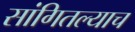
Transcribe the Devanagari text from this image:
सांगितल्याच